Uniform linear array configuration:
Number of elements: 8
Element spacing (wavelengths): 0.75
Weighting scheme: kaiser
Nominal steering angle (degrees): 30
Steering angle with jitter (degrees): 29.619
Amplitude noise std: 0.05
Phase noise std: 0.05

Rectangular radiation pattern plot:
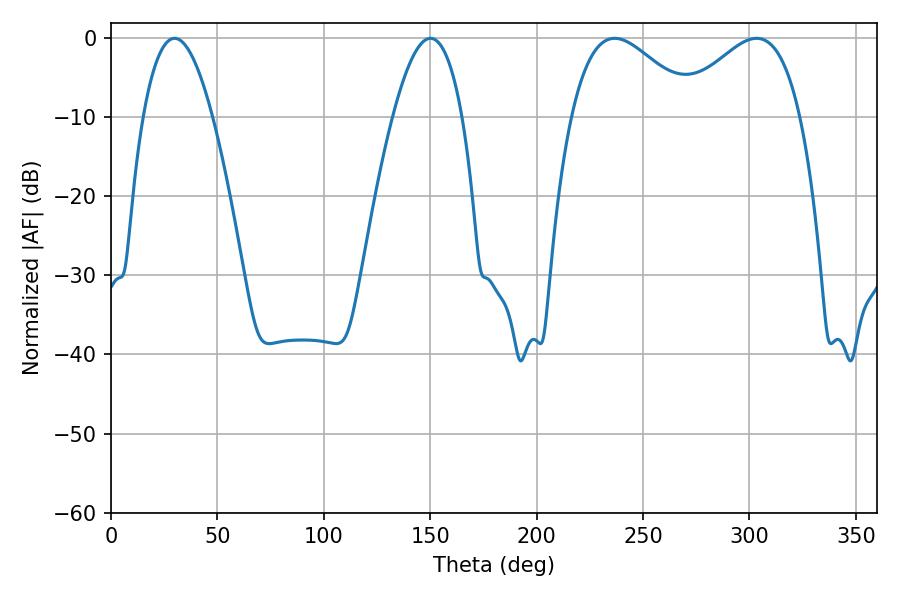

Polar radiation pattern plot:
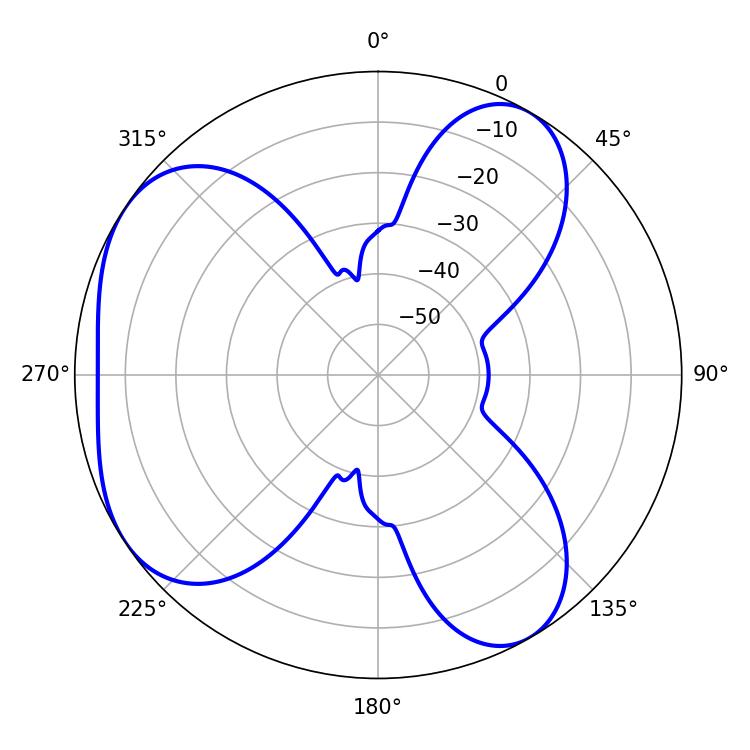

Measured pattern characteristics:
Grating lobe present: TRUE
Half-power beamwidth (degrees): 17.82
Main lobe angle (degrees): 29.88